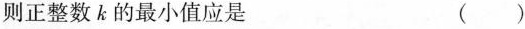
则正整数k的最小值应是 ()